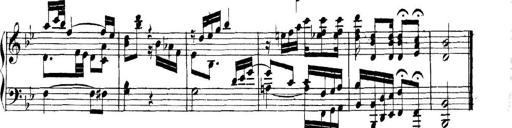
Title: Collected Piano Sonatas
Composer: Muzio Clementi